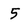
Character: 5